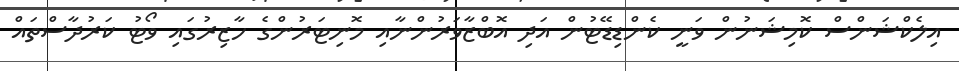
އިލެކްޝަންސް ކޮމިޝަނުން ވަނީ ކެންޑިޑޭޓުން އަދި އޮބްޒާވަރުންނާއި މޮނިޓަރުންގެ ހާޒިރުގައި ވޯޓު ކަރުދާސްތައް